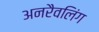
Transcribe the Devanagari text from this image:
अनरैवलिंग